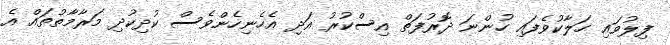
ފިލުވައި ހަލާކުވެފައި ހުންނަ ދޮރުފަތް އިސްކުރު އަދި އެހެނިހެންވެސް ކުދިކުދި މަރާމާތުތައް އެ